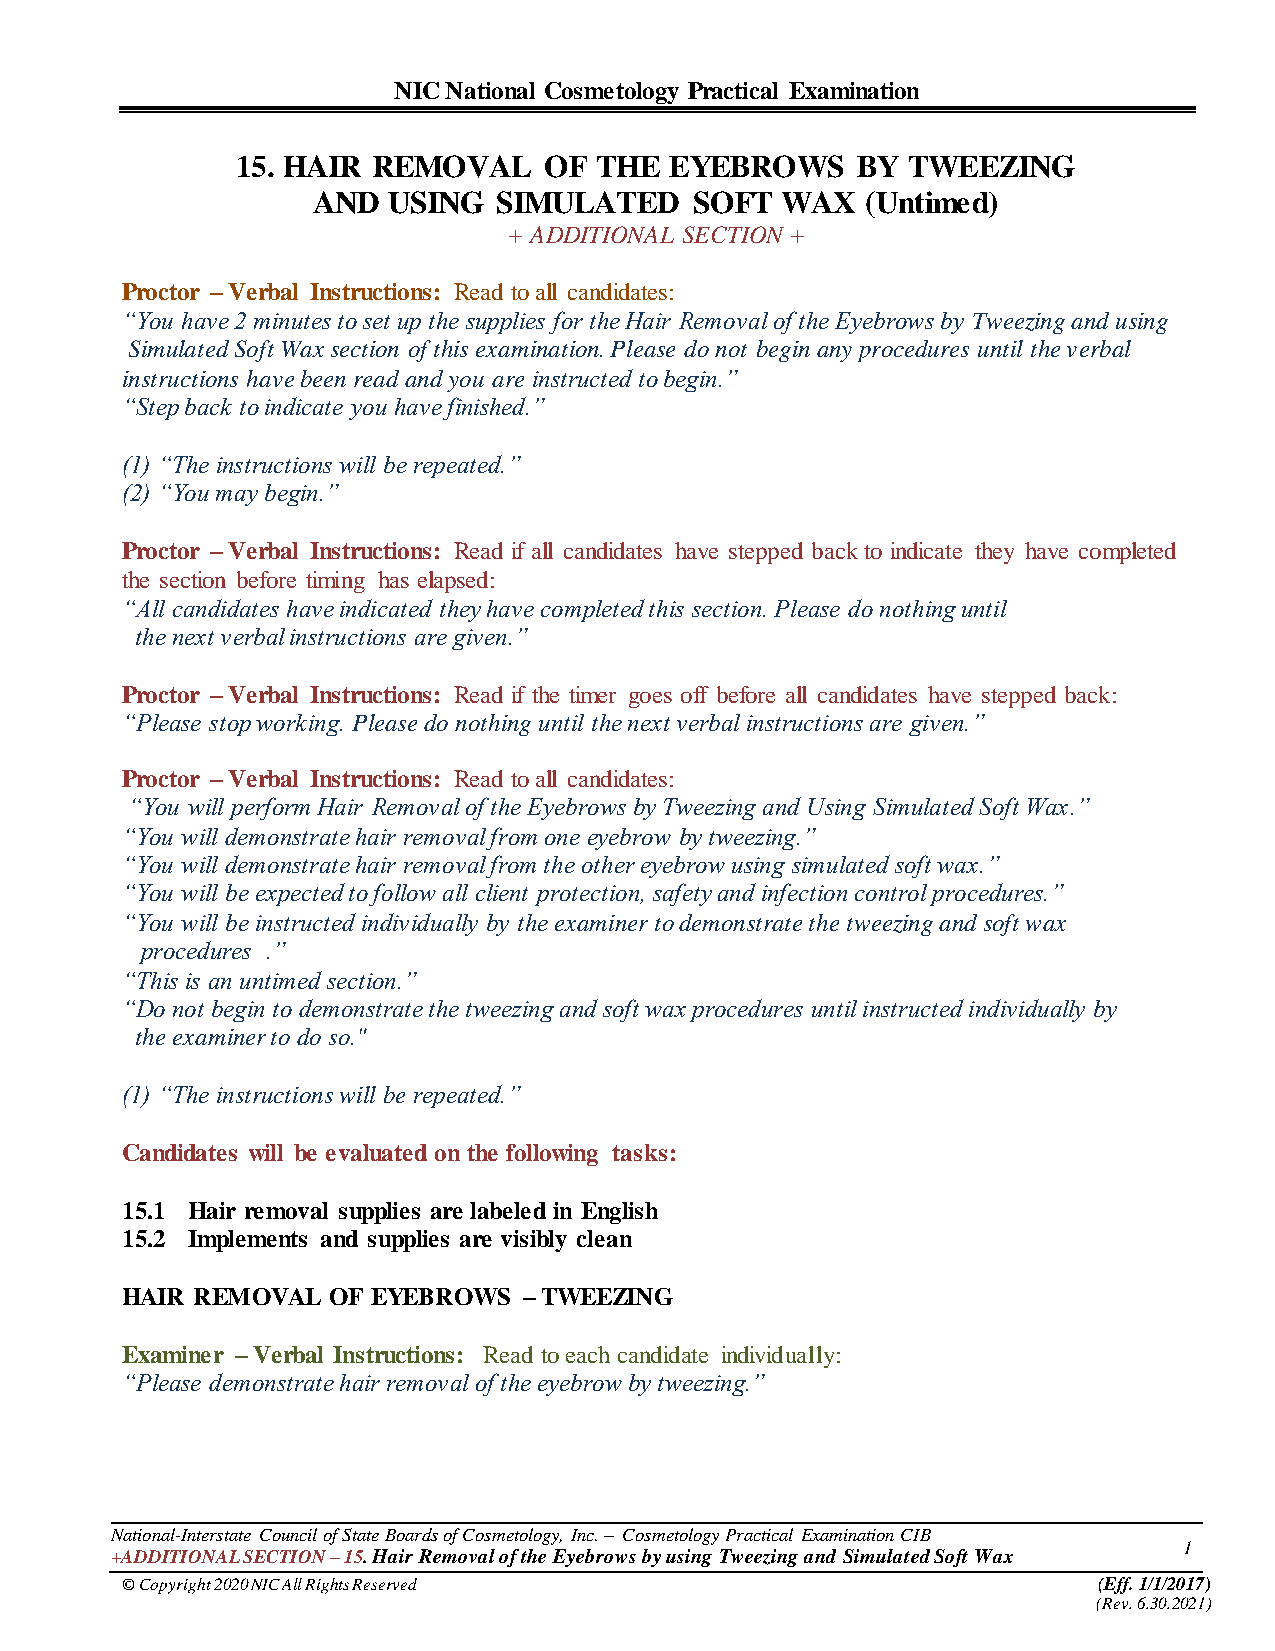
NIC National Cosmetology Practical Examination
 15. HAIR REMOVAL    OF THE  EYEBROWS     BY TWEEZING
 AND  USING  SIMULATED    SOFT  WAX  (Untimed)
 + ADDITIONAL SECTION +
 Proctor – Verbal Instructions: Read to all candidates:
 “You have 2 minutes to set up the supplies for the Hair Removal of the Eyebrows by Tweezing and using
 Simulated Soft Wax section of this examination. Please do not begin any procedures until the verbal
 instructions have been read and you are instructed to begin.”
 “Step back to indicate you have finished.”
 (1) “The instructions will be repeated.”
 (2) “You may begin.”
 Proctor – Verbal Instructions: Read if all candidates have stepped back to indicate they have completed
 the section before timing has elapsed:
 “All candidates have indicated they have completed this section. Please do nothing until
 the next verbal instructions are given.”
 Proctor – Verbal Instructions: Read if the timer goes off before all candidates have stepped back:
 “Please stop working. Please do nothing until the next verbal instructions are given.”
 Proctor – Verbal Instructions: Read to all candidates:
 “You will perform Hair Removal of the Eyebrows by Tweezing and Using Simulated Soft Wax.”
 “You will demonstrate hair removal from one eyebrow by tweezing.”
 “You will demonstrate hair removal from the other eyebrow using simulated soft wax.”
 “You will be expected to follow all client protection, safety and infection control procedures.”
 “You will be instructed individually by the examiner to demonstrate the tweezing and soft wax
 procedures .”
 “This is an untimed section.”
 “Do not begin to demonstrate the tweezing and soft wax procedures until instructed individually by
 the examiner to do so."
 (1) “The instructions will be repeated.”
 Candidates will be evaluated on the following tasks:
 15.1 Hair removal supplies are labeled in English
 15.2 Implements and supplies are visibly clean
 HAIR REMOVAL  OF EYEBROWS  – TWEEZING
 Examiner – Verbal Instructions: Read to each candidate individually:
 “Please demonstrate hair removal of the eyebrow by tweezing.”
 National-Interstate Council of State Boards of Cosmetology, Inc. – Cosmetology Practical Examination CIB
 1
 +ADDITIONAL SECTION – 15. Hair Removal of the Eyebrows by using Tweezing and Simulated Soft Wax
 © Copyright 2020 NIC All Rights Reserved                         (Eff. 1/1/2017)
 (Rev. 6.30.2021)